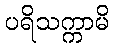
ပရိသက္ကာမိ